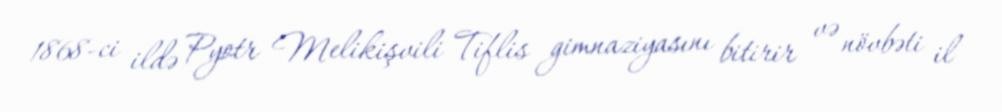
1868-ci ildə Pyotr Melikişvili Tiflis gimnaziyasını bitirir və növbəti il